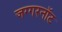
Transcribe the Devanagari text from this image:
जग्गरनॉट